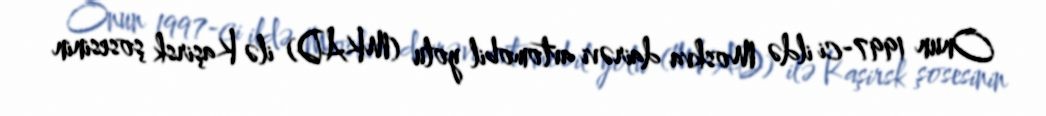
Onun 1997-ci ildə Moskva dairəvi avtomobil yolu (MKAD) ilə Kaşirsk şosesinin